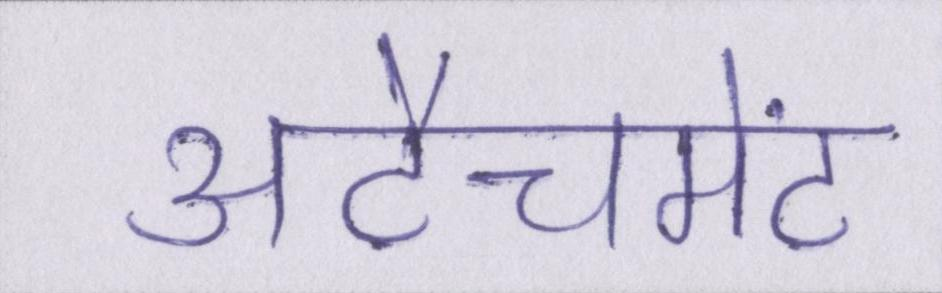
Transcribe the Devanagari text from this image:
अटैचमेंट